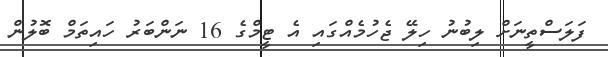
ފަލަސްތީނަށް ލިބުނު ހިލޭ ޖެހުމެއްގައި އެ ޓީމްގެ 16 ނަންބަރު ހައިތަމް ބޮލުން